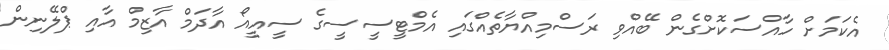
އެކަމަށް ހާއްސަކޮށްގެން ބޭއްވި ރަސްމިއްޔާތެއްގައި އެމްޓީސީސީގެ ސީއީއޯ އާދަމް އާޒިމް އާއި ޕްލޭނިން